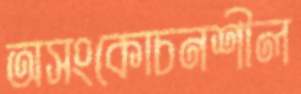
অসংকোচনশীল